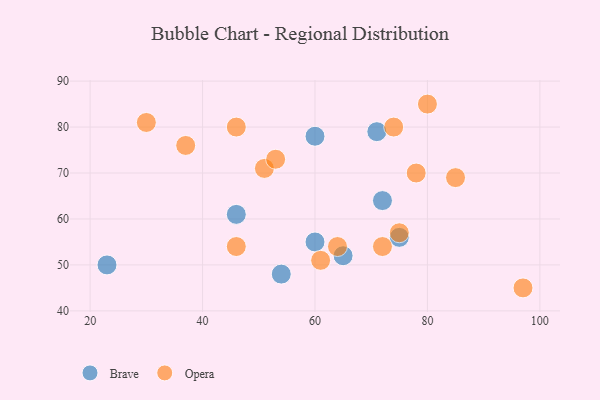
{"axis": {"x": "GDP", "y": "Life Expectancy"}, "legend": ["Brave", "Opera"], "data": [{"x": "72", "y": 64, "type": "Brave"}, {"x": "54", "y": 48, "type": "Brave"}, {"x": "23", "y": 50, "type": "Brave"}, {"x": "60", "y": 78, "type": "Brave"}, {"x": "71", "y": 79, "type": "Brave"}, {"x": "60", "y": 55, "type": "Brave"}, {"x": "65", "y": 52, "type": "Brave"}, {"x": "46", "y": 61, "type": "Brave"}, {"x": "75", "y": 56, "type": "Brave"}, {"x": "75", "y": 57, "type": "Opera"}, {"x": "37", "y": 76, "type": "Opera"}, {"x": "85", "y": 69, "type": "Opera"}, {"x": "64", "y": 54, "type": "Opera"}, {"x": "61", "y": 51, "type": "Opera"}, {"x": "74", "y": 80, "type": "Opera"}, {"x": "30", "y": 81, "type": "Opera"}, {"x": "51", "y": 71, "type": "Opera"}, {"x": "46", "y": 54, "type": "Opera"}, {"x": "78", "y": 70, "type": "Opera"}, {"x": "97", "y": 45, "type": "Opera"}, {"x": "46", "y": 80, "type": "Opera"}, {"x": "72", "y": 54, "type": "Opera"}, {"x": "53", "y": 73, "type": "Opera"}, {"x": "80", "y": 85, "type": "Opera"}]}